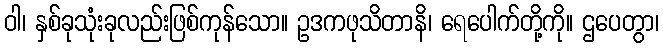
ဝါ၊ နှစ်ခုသုံးခုလည်းဖြစ်ကုန်သော။ ဥဒကဖုသိတာနိ၊ ရေပေါက်တို့ကို။ ဌပေတွာ၊